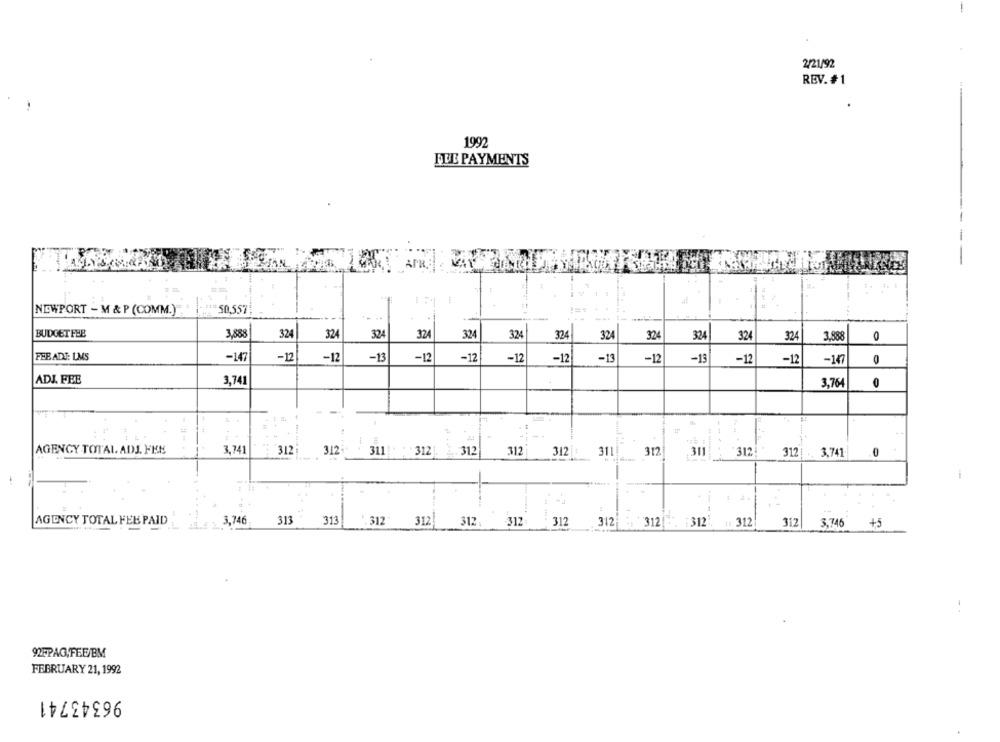
2/21/92
REV. # 1
1992
QUE PAYMENTS
1 1
NEWPORT - M & P (COMM.)
=50,557
---
BUDGETFEB
3,888
324
324
324
324
324
324
324
324
324
324
324
324
3,888
0
FEE ADJ: LMS
-147
-12
-13
-12
-12
-12
-12
-12
-13
-12
-13
-12
-12
-10
ADJ. FEE
3,741
3.76
AGENCY TOTAL ADJ. FRE
3,741
312;
312
311 312
312
312
312
311!
312
311
312
312| .. 3,741
0
... ...... 4
313
313
AGENCY TOTAL FEB PAID
3,746
312 312 312 312 312
312
312
:312
1: 312
312
3,746 +5
92FPAG,FEE/BM
FEBRUARY 21, 1992
96343741